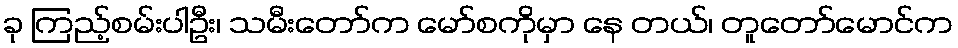
ခု ကြည့်စမ်းပါဦး၊ သမီးတော်က မော်စကိုမှာ နေ တယ်၊ တူတော်မောင်က